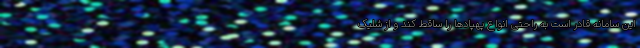
این سامانه قادر است به راحتی انواع پهپادها را ساقط کند و از شلیک